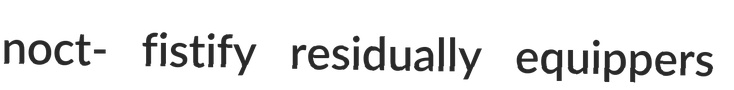
noct- fistify residually equippers